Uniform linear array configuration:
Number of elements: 4
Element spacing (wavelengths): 0.5
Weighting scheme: kaiser
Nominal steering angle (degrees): -60
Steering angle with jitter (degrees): -58.191
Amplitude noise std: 0.05
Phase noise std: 0.05

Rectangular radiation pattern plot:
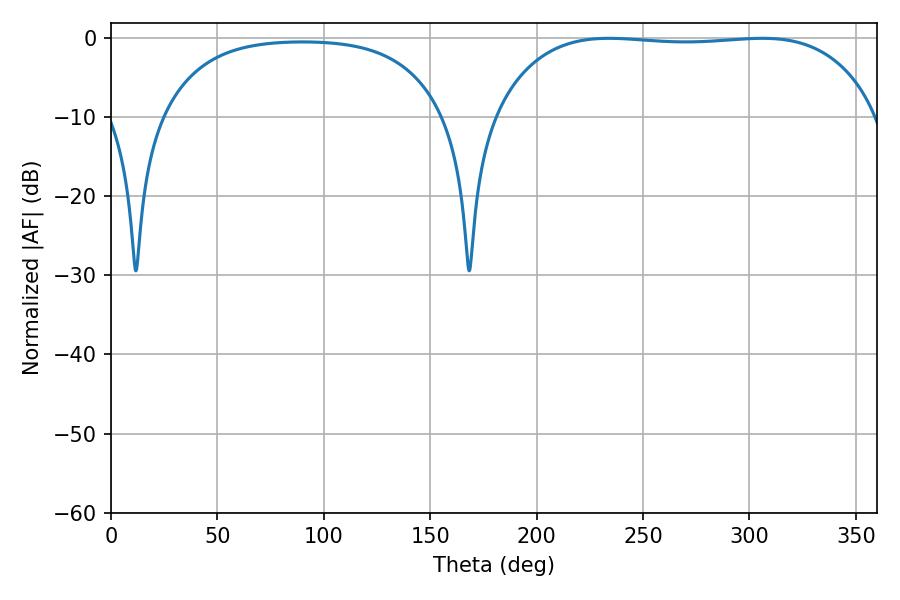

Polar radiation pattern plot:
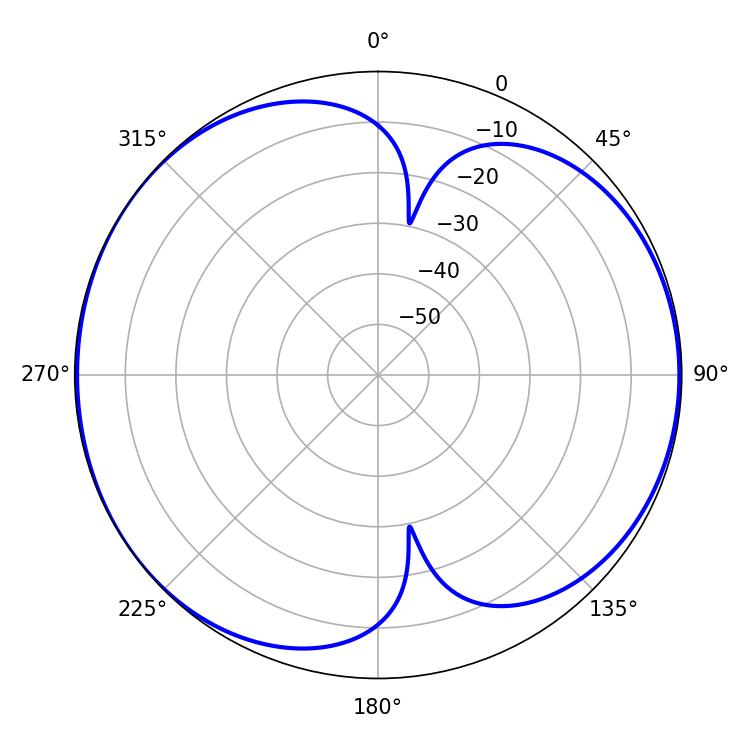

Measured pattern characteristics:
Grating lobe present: FALSE
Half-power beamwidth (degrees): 141.84
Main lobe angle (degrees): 234